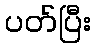
ပတ်ပြီး